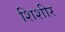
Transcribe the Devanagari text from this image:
शिशीर